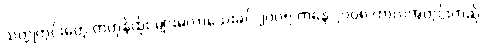
သတ္တုတွင်းတွေ တဟုန်ထိုး များမလာသေးခင် ၂၀၀၅ ကနေ ၂၀၀၈ ကာလအတွင်းကဆို